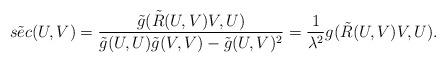
LaTeX: \begin{align*}\tilde{sec}(U, V)= \frac{\tilde{g}(\tilde{R}(U,V)V, U)}{\tilde{g}(U, U) \tilde{g}(V, V) - \tilde{g}(U, V)^2 } = \frac{1}{\lambda^2} g(\tilde{R}(U,V)V, U).\end{align*}